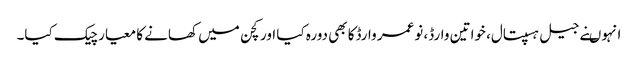
انہوںنے جیل ہسپتال، خواتین وارڈ، نوعمر وارڈکا بھی دورہ کیا اور کچن میں کھانے کا معیار چیک کیا۔